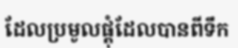
ដែលប្រមូលផ្តុំដែលបានពីទឹក